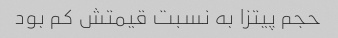
حجم پیتزا به نسبت قیمتش کم بود